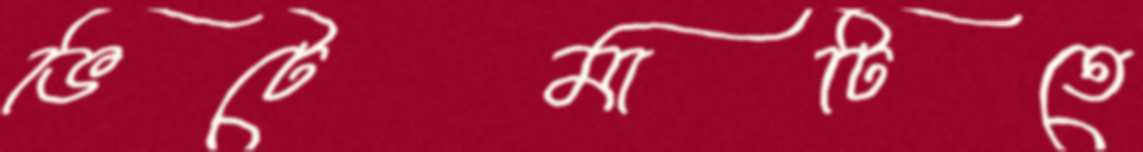
ভিটেমাটিতে